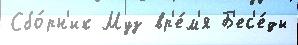
Сбо́рн'ик Муз вр'е́м'я Б'ес'е́ды